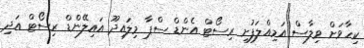
ކިހާވަށް ވިލާސް އަމިއްލަފުށި ރިސޯޓް އެންޑް ސްޕާ މިލައިދޫ އައިލޭންޑް ރިސޯޓް އަދި